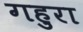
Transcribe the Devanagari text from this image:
गहुरा